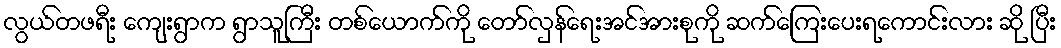
လွယ်တဖရီး ကျေးရွာက ရွာသူကြီး တစ်ယောက်ကို တော်လှန်ရေးအင်အားစုကို ဆက်ကြေးပေးရကောင်းလား ဆို ပြီး